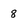
Character: 8